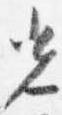
光